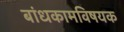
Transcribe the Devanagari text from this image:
बांधकामविषयक